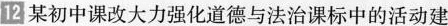
12 某初中课改大力强化道德与法治课标中的活动建